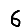
Digit: 6